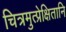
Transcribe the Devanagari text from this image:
चित्रमुत्प्रेक्षितानि